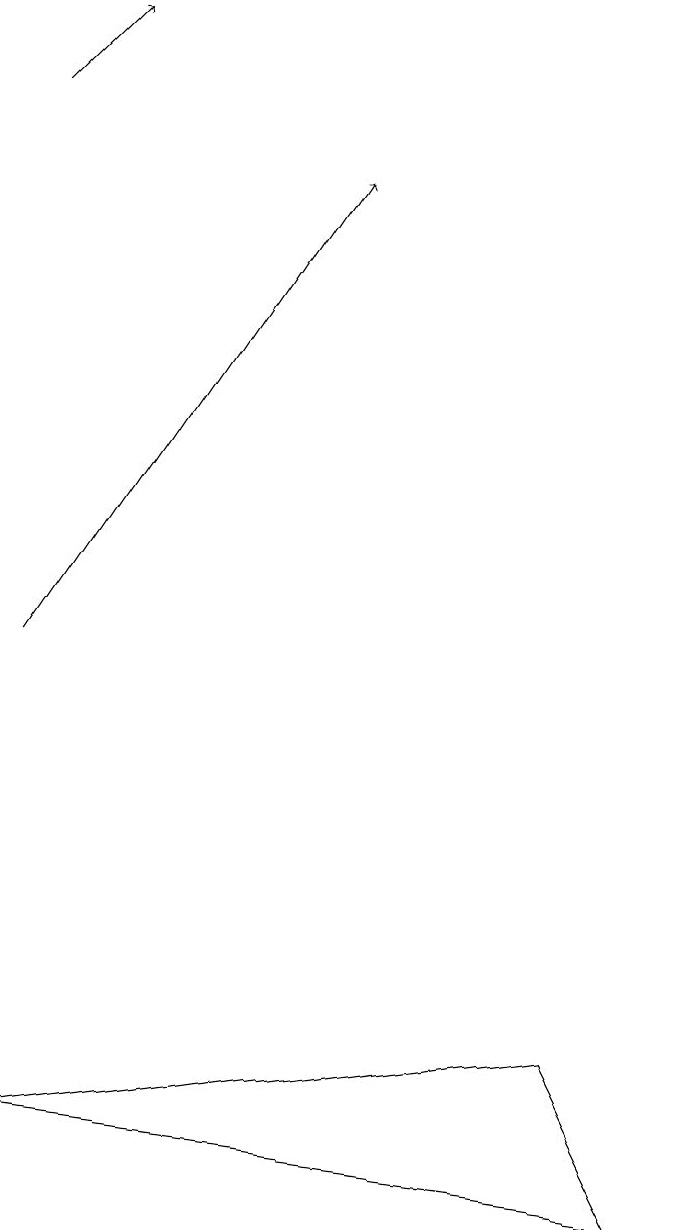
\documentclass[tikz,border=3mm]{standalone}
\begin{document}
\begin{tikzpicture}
\draw[->] (0,17) -- (1,18);
\draw (7,5) -- (8,3) -- (0,4) -- cycle;
\draw[->] (0,10) -- (4,16);
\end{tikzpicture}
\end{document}